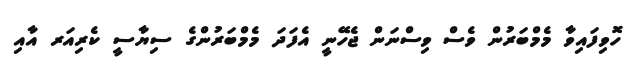
ހޮވިފައިވާ މެމްބަރުން ވެސް ވިސްނަން ޖެހޭނީ އެފަދަ މެމްބަރުންގެ ސިޔާސީ ކެރިއަރ އާއި